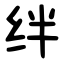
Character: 绊